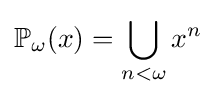
\mathbb {P} _{\omega }(x)=\bigcup _{n<\omega }x^{n}